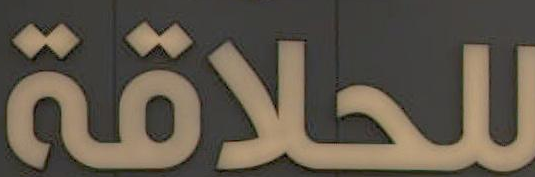
للحلاقة